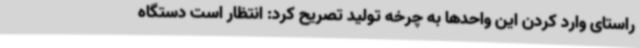
راستای وارد کردن این واحدها به چرخه تولید تصریح کرد: انتظار است دستگاه